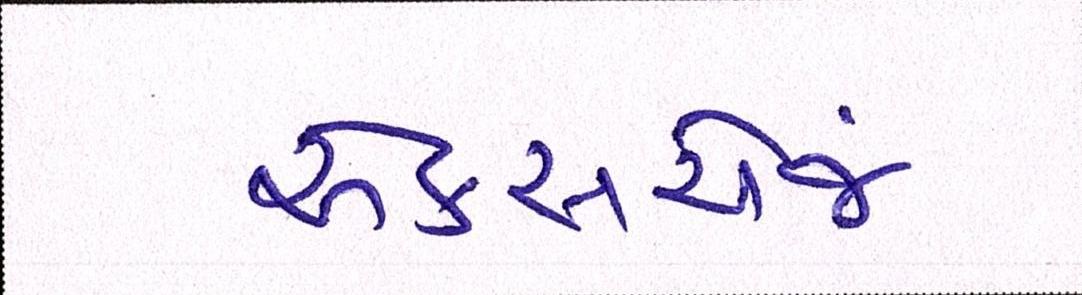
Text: એક્સચેંજ